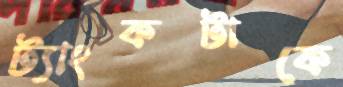
ট্যাংকটাকে